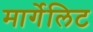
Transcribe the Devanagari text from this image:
मार्गेलिट